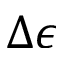
\Delta \epsilon